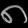
Digit: ၈